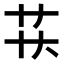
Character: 𬻋